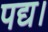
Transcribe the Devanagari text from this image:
पद्य।